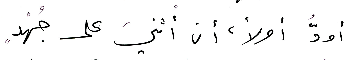
أودُّ أولاً أن أثنيَ على جُهْدٍ